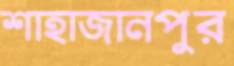
শাহাজানপুর